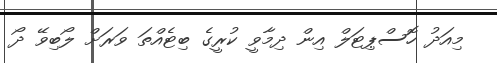
މިއަދު ހޮސްޕިޓަލް އިން ދިމާވީ ކުރީގެ ބިޓެއްތަ ވަރަށް ލޯބިވޭ ދޯ